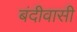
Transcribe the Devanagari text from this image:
बंदीवासी